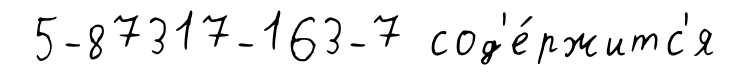
5-87317-163-7 сод'е́ржитс'я